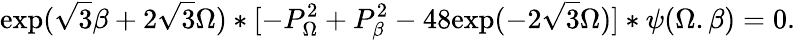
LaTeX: \mathrm{exp}(\sqrt{3}\beta+2\sqrt{3}\Omega)*[-P_{\Omega}^{2}+P_{\beta}^{2}-48\mathrm{exp}(-2\sqrt{3}\Omega)]*\psi(\Omega.\beta)=0.